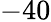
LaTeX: -40